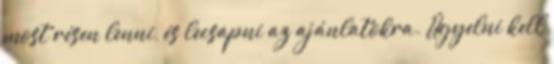
most résen lenni, és lecsapni az ajánlatokra. Ügyelni kell